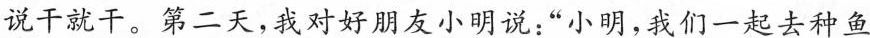
说干就干。 第二天，我对好朋友小明说：”小明，我们一起去种鱼